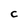
Character: C